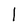
Character: l